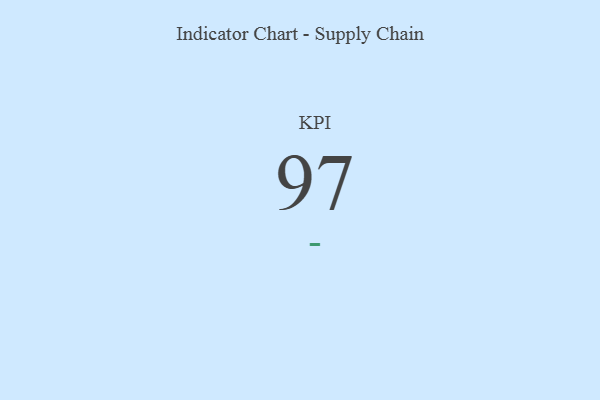
{"axis": {"x": "KPI", "y": "Value"}, "legend": [""], "data": [{"x": "KPI", "y": 97, "type": ""}]}